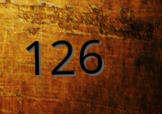
126